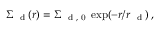
\Sigma _ { \mathrm { ~ \scriptsize ~ d ~ } } ( r ) = \Sigma _ { \mathrm { ~ \scriptsize ~ d ~ , ~ 0 ~ } } \exp ( - r / r _ { \mathrm { ~ \scriptsize ~ d ~ } } ) \, ,